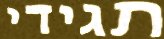
תגידי